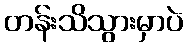
တန်းသိသွားမှာပဲ